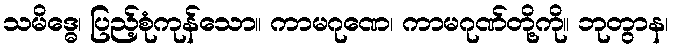
သမိဒ္ဓေ၊ ပြည့်စုံကုန်သော။ ကာမဂုဏေ၊ ကာမဂုဏ်တို့ကို။ ဘုတွာန၊